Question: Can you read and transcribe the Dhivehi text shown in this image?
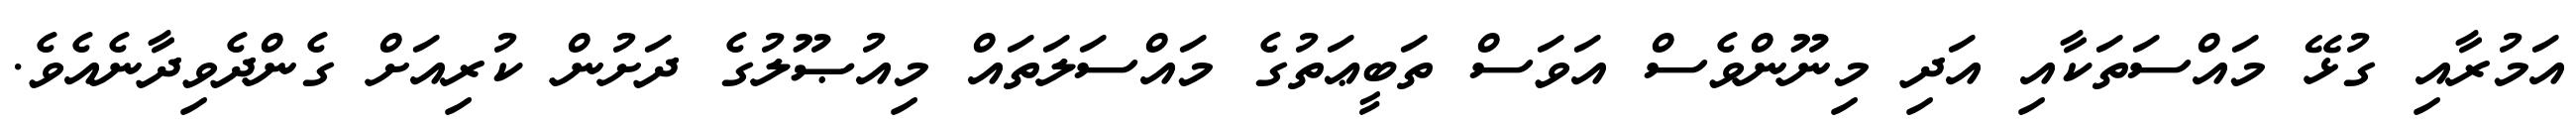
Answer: އަމުރާއި ގުޅޭ މައްސަތަކާއި އަދި މިނޫންވެސް އަވަސް ތަބީޢަތުގެ މައްސަލަތައް މިއުޞޫލުގެ ދަށުން ކުރިއަށް ގެންދެވިދާނެއެވެ.